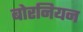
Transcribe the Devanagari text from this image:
बोरनियन